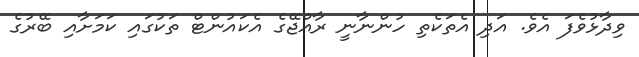
ވިދާޅުވެފަ އެވެ. އަދި އެތަކެތި ހުންނާނީ ރާއްޖޭގެ އެކައުންޓް ތަކުގައި ކަމަށާއި ބޭރުގެ